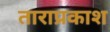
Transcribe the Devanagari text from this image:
ताराप्रकाश